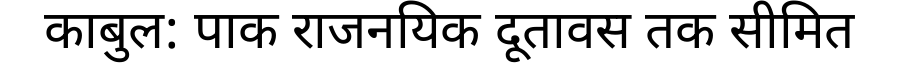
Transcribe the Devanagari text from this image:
काबुल: पाक राजनयिक दूतावस तक सीमित